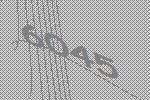
6045